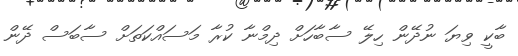
ބާކީ ވިޔަ ނުދޭން ހިލޭ ސާބާހަށް ދިމްނާ ކުރާ މަސައްކަތަށް ސާބަސް ދޭން